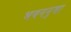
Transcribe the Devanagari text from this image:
भवननुमा